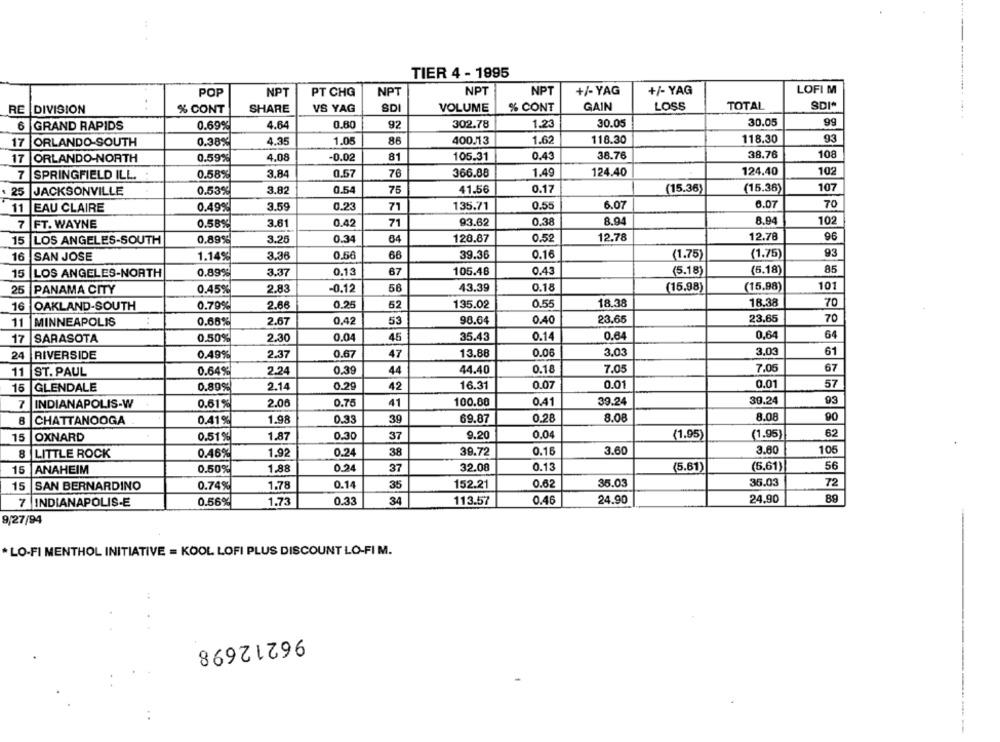
TIER 4 - 1995
+/- YAG
+/- YAG
LOFI M
POP
NPT
PT CHG
NPT
NPT
NPT
RE
DIVISION
..
% CONT
SHARE
VS YAG
SDI
VOLUME
% CONT
GAIN
LOSS
TOTAL
SDI*
6
GRAND RAPIDS
0.69%
4.64
0.80
92
302.78
1.23
30.05
30.05
99
0.38%
4.35
1.05
86
400.73
1.62
118.30
118.30
93
17
ORLANDO-SOUTH
-0.02
0.43
38.76
38.76
108
17
ORLANDO-NORTH
0.59%
4.08
81
105.31
102
7 SPRINGFIELD ILL.
0.58%
3,84
0.57
76
366.88
1.49
124.40
124.40
25
JACKSONVILLE
0.53%
3.82
0.54
75
41.56
0.17
(15.36)
(15.36)
107
11
EAU CLAIRE
0.49%
3.59
0.23
71
135.71
0.55
6.07
6.07
70
3.61
0.42
71
93.62
0.38
8.94
8.94
102
7 FT. WAYNE
0.58%
12.78
12.78
96
15
LOS ANGELES-SOUTH
0,89%
3.25
0.34
64
128.87
0.52
93
16
SAN JOSE
1.14%
3.36
0.50
68
39.36
0.16
(1.75)
(1.75)
85
15
LOS ANGELES-NORTH
0.89%
3.37
0.13
67
105.48
0.43
(5.18)
(5.18)
25
PANAMA CITY
0.45%
2.83
-0.12
56
43.39
0.18
(15.98)
(15.98)
101
2.66
0.25
52
135.02
0.55
18.38
18.38
70
16
OAKLAND-SOUTH
0.79%
0.42
53
98.64
0.40
23.65
23,65
70
11
MINNEAPOLIS
0.68%
2.67
17
SARASOTA
0.50%
2.30
0.04
45
35.43
0.14
0.64
0,64
24
RIVERSIDE
0.49%
2.37
0.67
47
13.88
0.06
3.03
3,03
61
11 ST. PAUL
0.64%
2.24
0.39
44
44.40
0.18
7.05
7.05
67
2.14
0.29
42
16.31
0.07
0.01
0.01
57
16
GLENDALE
0.89%
30.24
93
7
INDIANAPOLIS-W
0.61%
2.06
0.75
41
100.00
0.41
39.24
8.08
90
CHATTANOOGA
0.41%
1.98
0.33
39
69.87
0.28
8.08
15
OXNARD
0.51%
1.87
0.30
37
9.20
0.04
(1.95)
(1.95)
62
0.46%
1.92
0.24
38
39.72
0.16
3.60
3.80
105
8
LITTLE ROCK
0.24
32.08
0.13
(5.61)
(5.61)
56
15
ANAHEIM
0.50%
1,88
37
35.03
35.03
72
15
SAN BERNARDINO
0.74%
1.78
0.14
35
152.21
0.62
7 INDIANAPOLIS-E
0.56%
1.73
0.33
34
113.57
0.46
24.90
24,90
9/27/94
* LO-FI MENTHOL INITIATIVE = KOOL LOFI PLUS DISCOUNT LO-FI M.
96212698
. .